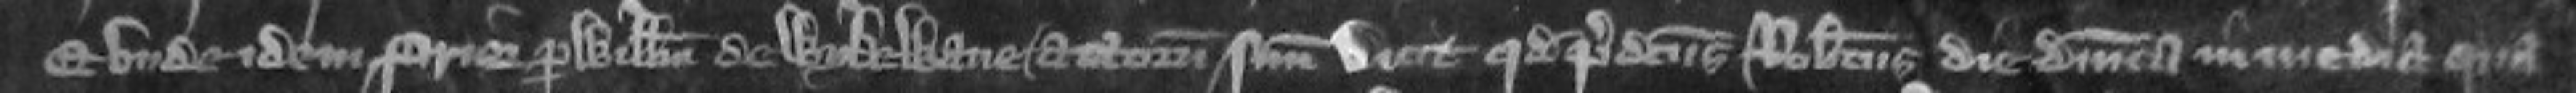
Et unde idem prior per Willelmum de Wykewane attornatum suum dicit quod predictus Robertus die Dominica in media Qua